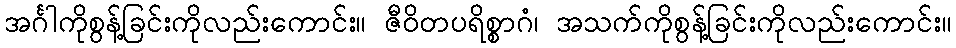
အင်္ဂါကိုစွန့်ခြင်းကိုလည်းကောင်း။ ဇီဝိတပရိစ္စာဂံ၊ အသက်ကိုစွန့်ခြင်းကိုလည်းကောင်း။